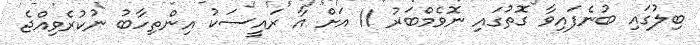
ބިލުގައި ބުނެފައިވާ ގޮތުގައި ނޮވެމްބަރު 11 އަށް އާ ރައީސަކު އިންތިހާބު ނުކުރެވިއްޖެ